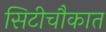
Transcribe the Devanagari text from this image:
सिटीचौकात